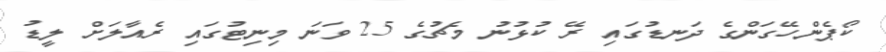
ކޯޕެންހޭގަންގެ ދަނޑުގައި ރޭ ކުޅުނު މެޗުގެ 25 ވަނަ މިނިޓުގައި ރެއާލަށް ލީޑު